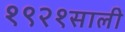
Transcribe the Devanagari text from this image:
१९२१साली